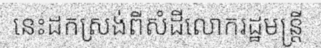
នេះដកស្រង់ពីសំដីលោករដ្ឋមន្ត្រី